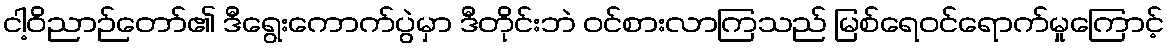
ငါ့ဝိညာဉ်တော်၏ ဒီရွေးကောက်ပွဲမှာ ဒီတိုင်းဘဲ ဝင်စားလာကြသည် မြစ်ရေဝင်ရောက်မှုကြောင့်